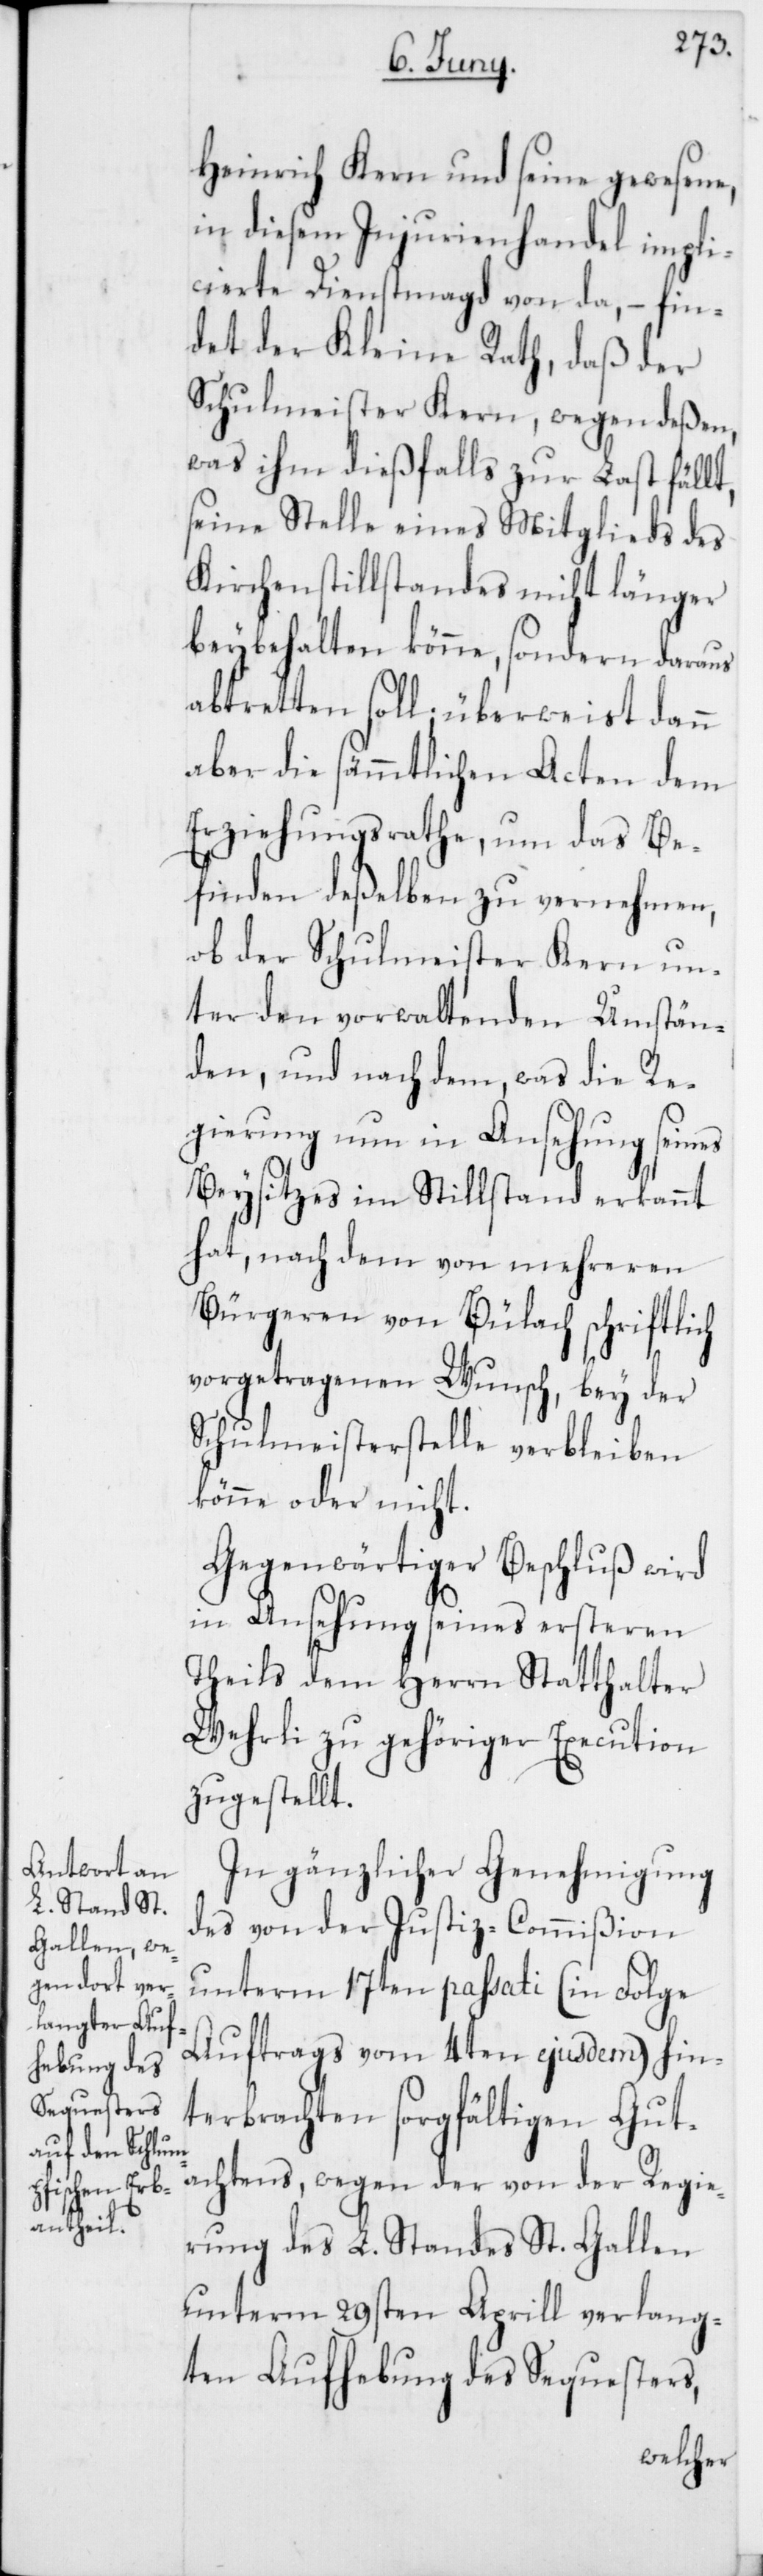
Heinrich Kern und seine gewesene,
in diesem Injurienhandel impli¬
cierte Dienstmagd von da, – fin¬
det der Kleine Rath, daß der
Schulmeister Kern, wegen deßen,
was ihm dießfalls zur Last fällt,
seine Stelle eines Mitglieds des
Kirchenstillstandes nicht länger
beybehalten könne, sondern daraus
abtretten soll, überweist dann
aber die sämmtlichen Acten dem
Erziehungsrathe, um das Be¬
finden deßelben zu vernehmen,
ob der Schulmeister Kern un¬
ter den vorwaltenden Umstän¬
den, und nach dem, was die Re¬
gierung nun in Ansehung seines
Beysitzes im Stillstand erkannt
hat, nach dem von mehreren
Bürgeren von Bülach schriftlich
vorgetragenen Wunsch, bey der
Schulmeisterstelle verbleiben
könne oder nicht.
Gegenwärtiger Beschluß wird
in Ansehung seines ersteren
Theils dem Herrn Statthalter
Wehrli zu gehöriger Execution
zugestellt.
In gänzlicher Genehmigung
des von der Justiz-Commißion
unterm 17ten passati (in Folge
Auftrags vom 4ten ejusdem) hin¬
terbrachten sorgfältigen Gut¬
achtens, wegen der von der Regie¬
rung des L. Standes St. Gallen
unterm 29sten Aprill verlang¬
ten Aufhebung des Sequesters,